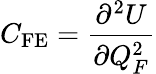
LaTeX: C_{\mathrm{FE}}=\frac{\partial^{2}U}{\partial Q_{F}^{2}}